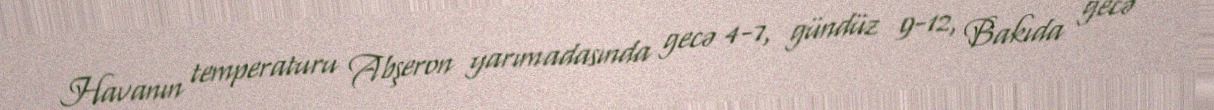
Havanın temperaturu Abşeron yarımadasında gecə 4-7, gündüz 9-12, Bakıda gecə